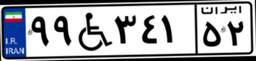
۹۹W۳۴۱۵۲